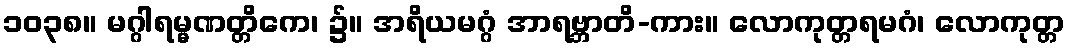
၁၀၃၈။ မဂ္ဂါရမ္မဏတ္တိကေ၊ ၌။ အရိယမဂ္ဂံ အာရဗ္ဘာတိ-ကား။ လောကုတ္တရမဂံ၊ လောကုတ္တ